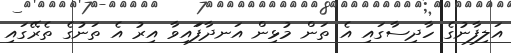
އަލިފާނުގެ ހާދިސާގައި އެ ތަން މުޅިން އަނދާފަައިވާ އިރު އެ ތަނުގެ ތެރޭގައި